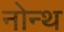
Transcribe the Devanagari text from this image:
नोन्थ